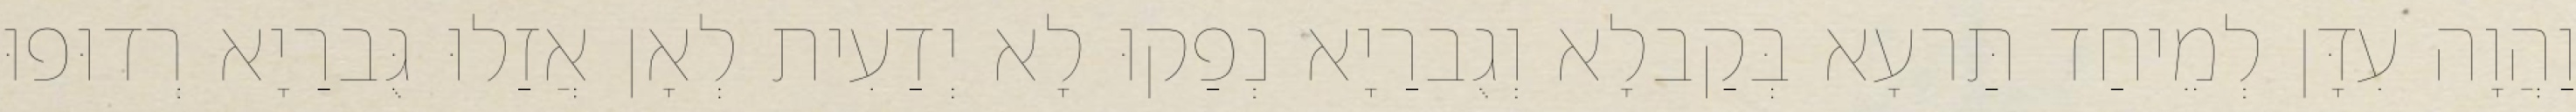
וַהֲוָה עִדָּן לְמֵיחַד תַּרעָא בְּקַבלָא וְגֻברַיָא נְפַקוּ לָא יְדַעִית לְאָן אֲזַלוּ גֻּברַיָא רְדוּפוּ